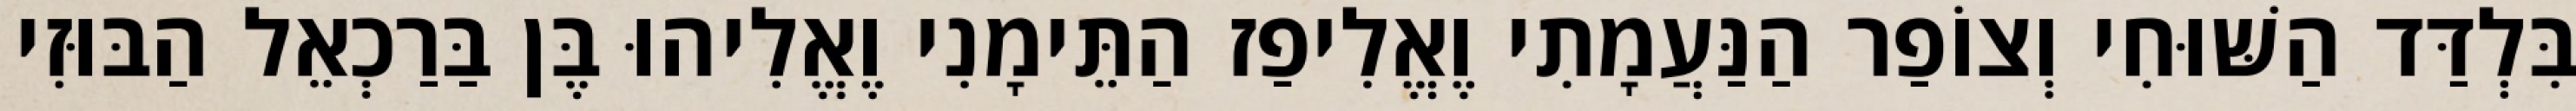
בִּלְדַּד הַשּׁוּחִי וְצוֹפַר הַנַּעֲמָתִי וֶאֱלִיפַז הַתֵּימָנִי וֶאֱלִיהוּ בֶּן בַּרַכְאֵל הַבּוּזִי